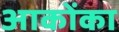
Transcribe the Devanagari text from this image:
आकोंका